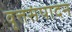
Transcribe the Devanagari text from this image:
वृत्तसंपादन